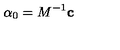
\mathrm { \boldmath \alpha } _ { 0 } = M ^ { - 1 } { \bf c }